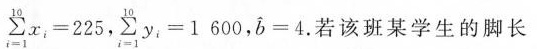
$$\sum_{i=1}^{10}x_{i} = 2 2 5$$，$$\sum_{i=1}^{10}y_{i} = 1 6 0 0$$，$$\widehat{b} = 4$$.若该班某学生的脚长